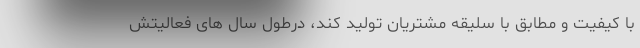
با کیفیت و مطابق با سلیقه مشتریان تولید کند، درطول سال های فعالیتش